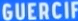
GUERCIF